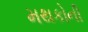
મથકોની